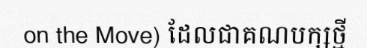
on the Move) ដែលជាគណបក្សថ្មី